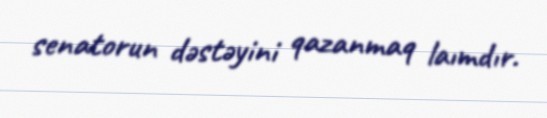
senatorun dəstəyini qazanmaq laımdır.